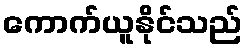
ကောက်ယူနိုင်သည်